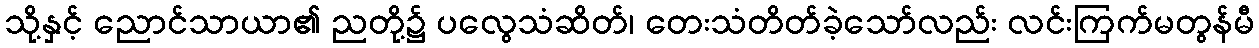
သို့နှင့် ညောင်သာယာ၏ ညတို့၌ ပလွေသံဆိတ်၊ တေးသံတိတ်ခဲ့သော်လည်း လင်းကြက်မတွန်မီ